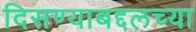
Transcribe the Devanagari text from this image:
दिसण्याबद्दलच्या